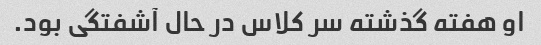
او هفته گذشته سر کلاس در حال آشفتگی بود.